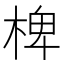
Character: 椑